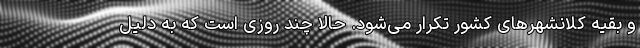
و بقیه کلانشهرهای کشور تکرار می‌شود. حالا چند روزی است که به دلیل